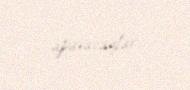
aparacaqlar.